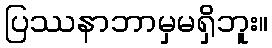
ပြဿနာဘာမှမရှိဘူး။